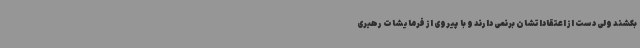
بکشند ولی دست از اعتقاداتشان برنمی دارند و با پیروی از فرمایشات رهبری